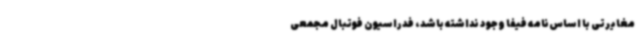
مغایرتی با اساس‌نامه فیفا وجود نداشته باشد، فدراسیون فوتبال مجمعی